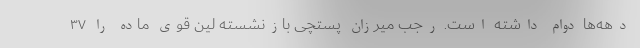
دهه‌ها دوام داشته است. رجب میرزان پستچی بازنشسته لین قوی ماده را ۳۷